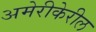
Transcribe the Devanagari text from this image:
अमेरीकेरील